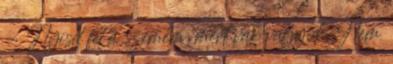
- Nyisd fel a szemem, mert vak vagyok. Nem